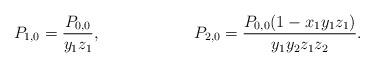
LaTeX: \begin{align*} P_{1,0} &= \frac{ P_{0,0} } { y_1 z_1 }, & P_{2,0} &= \frac{ P_{0,0} (1 - x_1 y_1 z_1)} {y_1 y_2 z_1 z_2}. \end{align*}